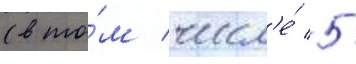
(в то́м числ'е́ 5